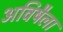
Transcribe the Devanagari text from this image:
अविषैला